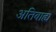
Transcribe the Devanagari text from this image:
अतिबाह्य